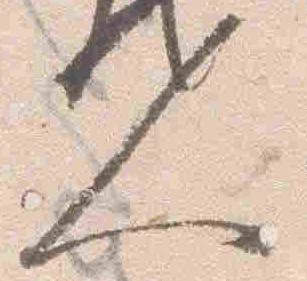
人